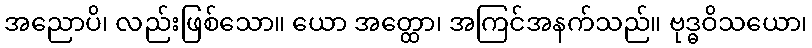
အညောပိ၊ လည်းဖြစ်သော။ ယော အတ္ထော၊ အကြင်အနက်သည်။ ဗုဒ္ဓဝိသယော၊